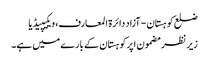
ضلع کوہستان - آزاد دائرۃ المعارف، ویکیپیڈیا
زیر نظر مضمون اپرکوہستان کے بارے میں ہے۔